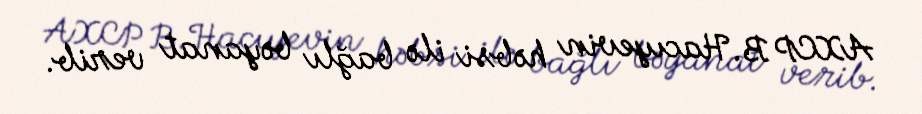
AXCP B.Hacıyevin həbsi ilə bağlı bəyanat verib.